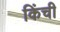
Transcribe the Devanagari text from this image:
किंची